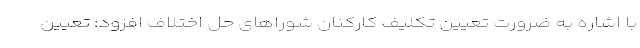
با اشاره به ضرورت تعیین تکلیف کارکنان شوراهای حل اختلاف افزود: تعیین